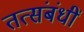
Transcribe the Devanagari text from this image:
तत्संबंधीं